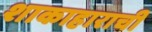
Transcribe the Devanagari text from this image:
शाकाहाराची